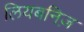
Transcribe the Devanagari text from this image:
लियबनिज़